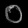
Digit: ၀